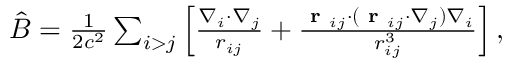
\begin{array} { r } { \hat { B } = \frac { 1 } { 2 c ^ { 2 } } \sum _ { i > j } \left[ \frac { \nabla _ { i } \cdot \nabla _ { j } } { r _ { i j } } + \frac { \textbf { r } _ { i j } \cdot ( \textbf { r } _ { i j } \cdot \nabla _ { j } ) \nabla _ { i } } { r _ { i j } ^ { 3 } } \right] , } \end{array}